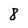
Character: 8